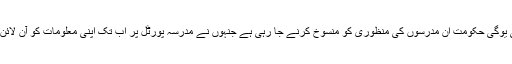
اترپردیش کی یوگی حکومت ان مدرسوں کی منظوری کو منسوخ کرنے جا رہی ہے جنہوں نے مدرسہ پورٹل پر اب تک اپنی معلومات کو آن لائن نہیں کیا ہے۔